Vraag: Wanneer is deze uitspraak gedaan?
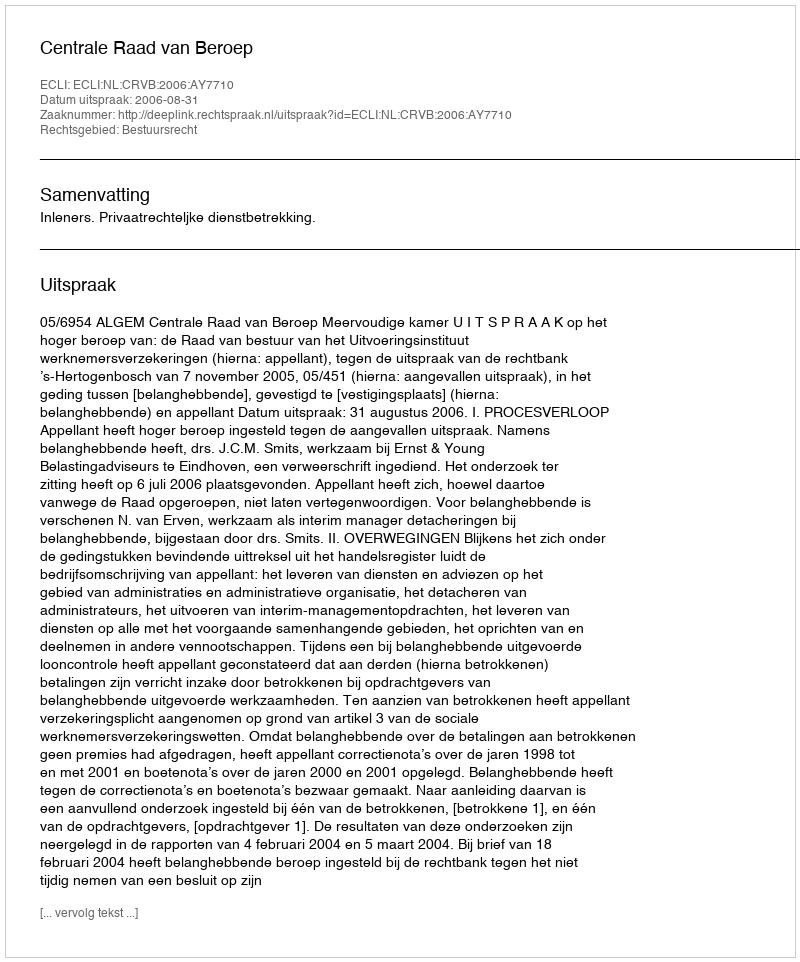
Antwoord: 2006-08-31